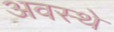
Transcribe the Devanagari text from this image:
अवस्थे